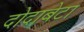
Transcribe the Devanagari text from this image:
दोदाबेटा